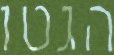
הגטו